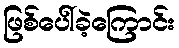
ဖြစ်ပေါ်ခဲ့ကြောင်း